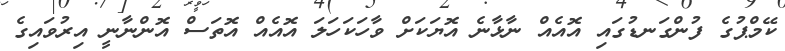
ކޭމްޕުގެ ފުންގަނޑުގައި އޮއެއް ނާޅާނެ އޮޔަކަށް ވާހަކަހަލަ އޮއެއް އޮތަސް އޮންނާނީ އިރުވައިގެ